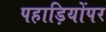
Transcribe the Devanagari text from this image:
पहाड़ियोंपर